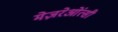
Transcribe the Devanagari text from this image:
मेज़रेओंत्सी